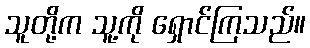
သူတို့က သူ့ကို ရှောင်ကြသည်။